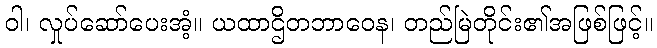
ဝါ၊ လှုပ်ဆော်ပေးအံ့။ ယထာဌိတဘာဝေန၊ တည်မြဲတိုင်း၏အဖြစ်ဖြင့်။